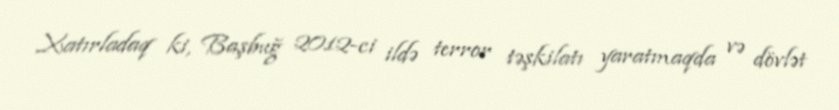
Xatırladaq ki, Başbuğ 2012-ci ildə terror təşkilatı yaratmaqda və dövlət